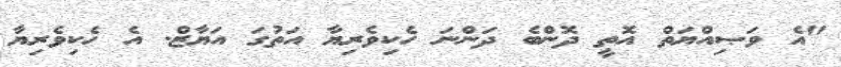
"އެ ވަޞިއްޔަތް އޮތީ ދޮންބެ ދަންނަ ހެކިވެރިޔާ އަތުގަ އަޔާޒް. އެ ހެކިވެރިޔާ